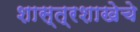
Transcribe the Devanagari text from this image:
शास्त्रशाखेचे